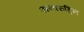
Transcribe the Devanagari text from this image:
अन्वरुद्दिन